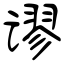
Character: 谬